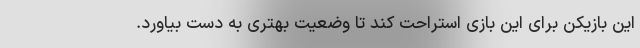
این بازیکن برای این بازی استراحت کند تا وضعیت بهتری به دست بیاورد.